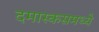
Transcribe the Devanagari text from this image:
दमास्कसमध्ये